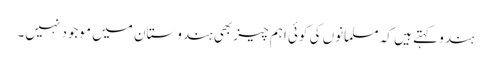
ہندو کہتے ہیں کہ مسلمانوں کی کوئی اہم چیز بھی ہندوستان میں موجود نہیں۔